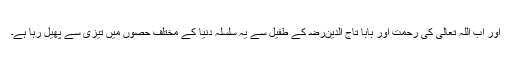
اور اب اللہ تعالیٰ کی رحمت اور بابا تاج الدینﺭﺿ کے طفیل سے یہ سلسلہ دنیا کے مختلف حصوں میں تیزی سے پھیل رہا ہے۔